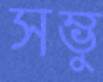
সম্ভু